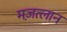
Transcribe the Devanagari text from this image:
मज़त्लान